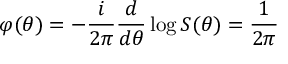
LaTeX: \varphi ( \theta ) = - \frac i { 2 \pi } \frac d { d \theta } \log S ( \theta ) = \frac 1 { 2 \pi }